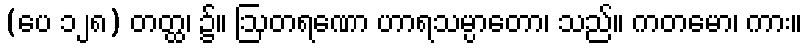
(ပေ ၁၂၈) တတ္ထ၊ ၌။ ဩတရဏော ဟာရသမ္ပာတော၊ သည်။ ကတမော၊ ကား။